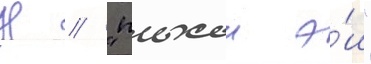
Н // "плохои э́ш"